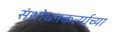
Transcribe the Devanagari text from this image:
संशोधनकर्त्याच्या